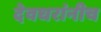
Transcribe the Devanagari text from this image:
देवधरांनीच